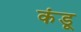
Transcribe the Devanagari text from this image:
कंडू